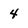
Character: 4